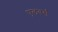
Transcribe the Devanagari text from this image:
एलबर्स